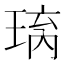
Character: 𱯅